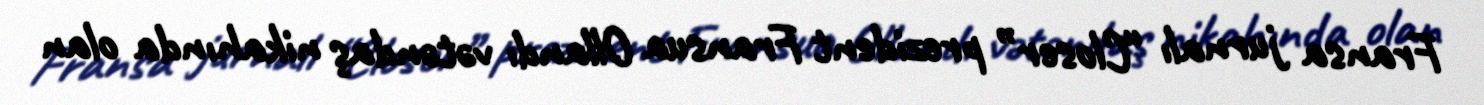
Fransa jurnalı “Closer” prezident Fransua Ollandı vətəndaş nikahında olan